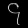
Digit: ၄